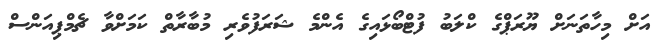
އަށް މިހާތަނަށް ޔޫރަޕްގެ ކްލަބު ފުޓްބޯޅައިގެ އެންމެ ޝަރަފުވެރި މުބާރާތް ކަމަށްވާ ޗެމްޕިއަންސް